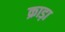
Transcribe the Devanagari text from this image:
क्राड़ा